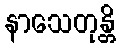
နာသေတုန္တိ